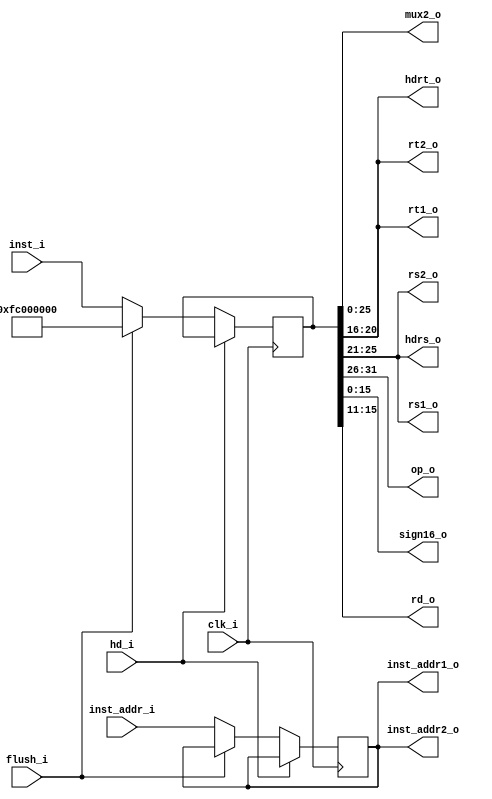
module IF_ID 	
(
	clk_i,
	inst_addr_i,
	inst_i,
	hd_i,
	flush_i,
	mux2_o,
	hdrt_o,
	hdrs_o,
	op_o,
	inst_addr1_o,
	inst_addr2_o,
	rs1_o,
	rt1_o,
	rs2_o,
	rt2_o,
	sign16_o,
	rd_o
);

input 			clk_i;
input	[31:0]	inst_addr_i,inst_i;
input			hd_i,flush_i;
output	[25:0]	mux2_o;
output	[4:0]	hdrt_o, hdrs_o;
output	[5:0]	op_o;
output	[31:0]	inst_addr1_o,inst_addr2_o;
output	[4:0]	rs1_o,rt1_o, rs2_o, rt2_o, rd_o;
output	[15:0]	sign16_o;

reg [31:0] inst_addr, inst;

assign mux2_o = inst[25:0];
assign op_o = inst[31:26];
assign inst_addr1_o = inst_addr;
assign inst_addr2_o = inst_addr;
assign rs1_o = inst[25:21];
assign rs2_o = inst[25:21];
assign hdrs_o = inst[25:21];
assign hdrt_o = inst[20:16];
assign rt1_o = inst[20:16];
assign rt2_o = inst[20:16];
assign sign16_o = inst[15:0];
assign rd_o = inst[15:11];


always@(negedge clk_i) begin
    if(hd_i == 1)	
		begin	
		end
	else if (flush_i == 1)
		inst <=	32'b11111100000000000000000000000000;
	else 
		begin
        inst_addr <= inst_addr_i;
		inst <= inst_i;
		end
	
end

endmodule